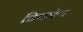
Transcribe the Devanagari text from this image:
विथनेल